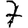
Digit: 7